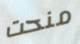
منحت